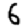
Digit: 6